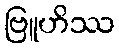
ဗြူဟိဿ